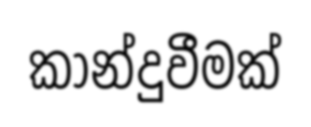
කාන්දුවීමක්